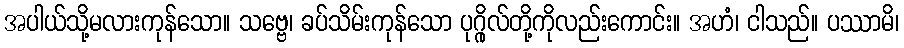
အပါယ်သို့မလားကုန်သော။ သဗ္ဗေ၊ ခပ်သိမ်းကုန်သော ပုဂ္ဂိုလ်တို့ကိုလည်းကောင်း။ အဟံ၊ ငါသည်။ ပဿာမိ၊